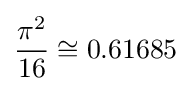
{\frac {\pi ^{2}}{16}}\cong 0.61685